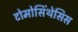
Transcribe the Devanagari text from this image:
टोमोसिंथेसिस